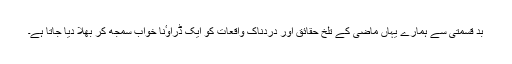
بد قسمتی سے ہمارے یہاں ماضی کے تلخ حقائق اور دردناک واقعات کو ایک ڈراوٴنا خواب سمجھ کر بھلا دیا جاتا ہے۔